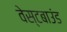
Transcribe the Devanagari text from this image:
वेस्टबाउंड